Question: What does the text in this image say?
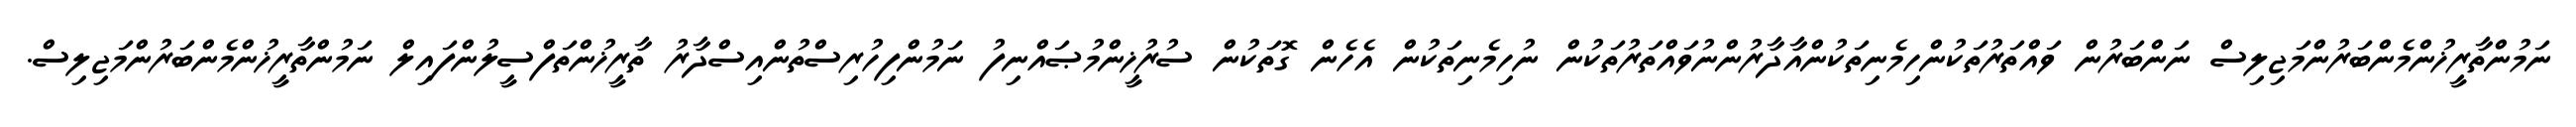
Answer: ނަމުންތާރީޚުންމެންބަރުންމަޖިލިސް ނަންބަރުން ވައްތަރުތަކުންހިމެނިތަކުންއާދާރުންނުވައްތަރުތަކުން ނުހިމެނިތަކުން އެހެން ގޮތަކުން ސުރުޚީންމުޞައްނިފު ނަމުންފިހުރިސްތުންއިސްދާރު ތާރީޚުންތަފްސީލުންފައިލް ނަމުންތާރީޚުންމެންބަރުންމަޖިލިސް.